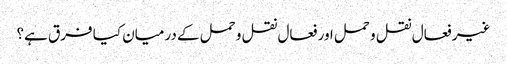
غیر فعال نقل و حمل اور فعال نقل و حمل کے درمیان کیا فرق ہے؟